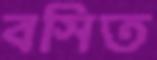
বসিত